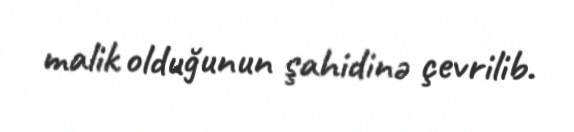
malik olduğunun şahidinə çevrilib.